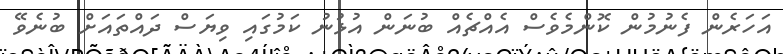
އަހަރެން ފެނުމުން ކޮންމެވެސް އެއްޗެއް ބުނަން އުޅުނު ކަމުގައި ވިޔަސް ދައްތައަށް ބުނެވޭ